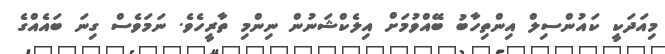
މިއަދަކީ ކައުންސިލް އިންތިހާބު ބޭއްވުމަށް އިލެކްޝަނުން ނިންމި ތާރީހެވެ. ނަމަވެސް ގިނަ ބައެއްގެ